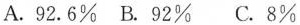
A.92.6\% B.92\% C.8\%